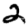
Digit: 2